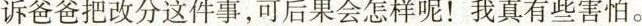
诉爸爸把改分这件事，可后果会怎样呢！我真有些害怕。